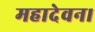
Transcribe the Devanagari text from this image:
महादेवन।